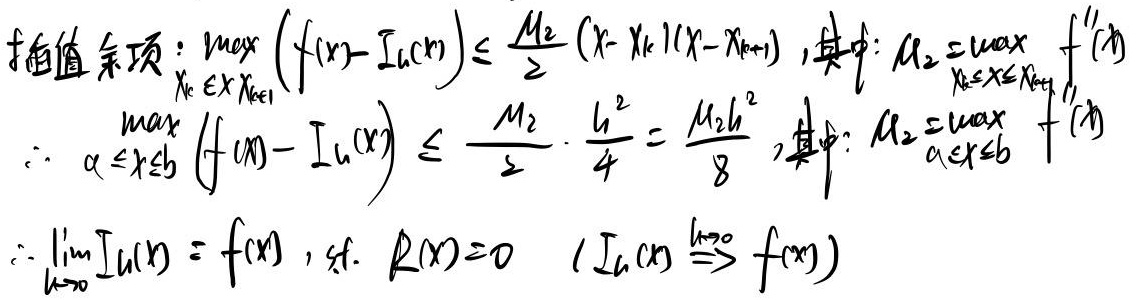
插值余项：\(\max_{x_k\leq x\leq x_{k + 1}}(f(x)-I_h(x))\leq\frac{M_2}{2}(x - x_k)(x - x_{k+1})\)，其中\(M_2=\max_{x_k\leq x\leq x_{k+1}}|f^{\prime\prime}(x)|\)。

\[
\begin{align*}
\max_{a\leq x\leq b}(f(x)-I_h(x))&\leq\frac{M_2}{2}\cdot\frac{h^2}{4}=\frac{M_2h^2}{8}\text{，其中 }M_2=\max_{a\leq x\leq b}|f^{\prime\prime}(x)|\\
\therefore\lim_{h\rightarrow0}I_h(x)&=f(x)\text{，使得 }R(x)=0\ (I_h(x)\xrightarrow{h\rightarrow0}f(x))
\end{align*}
\]